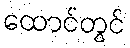
ထောင်တွင်